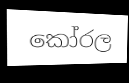
කෝරල